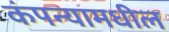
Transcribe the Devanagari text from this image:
कंपन्यामधील